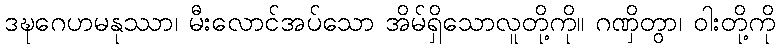
ဒဍ္ဎဂေဟမနုဿာ၊ မီးလောင်အပ်သော အိမ်ရှိသောလူတို့ကို။ ဂဏှိတွာ၊ ဝါးတို့ကို